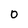
Character: 0